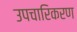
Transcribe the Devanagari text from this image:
उपचारिकरण